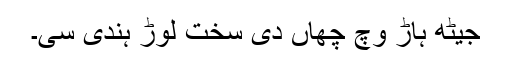
جیٹھ ہاڑ وچ چھاں دی سخت لوڑ ہُندی سی۔